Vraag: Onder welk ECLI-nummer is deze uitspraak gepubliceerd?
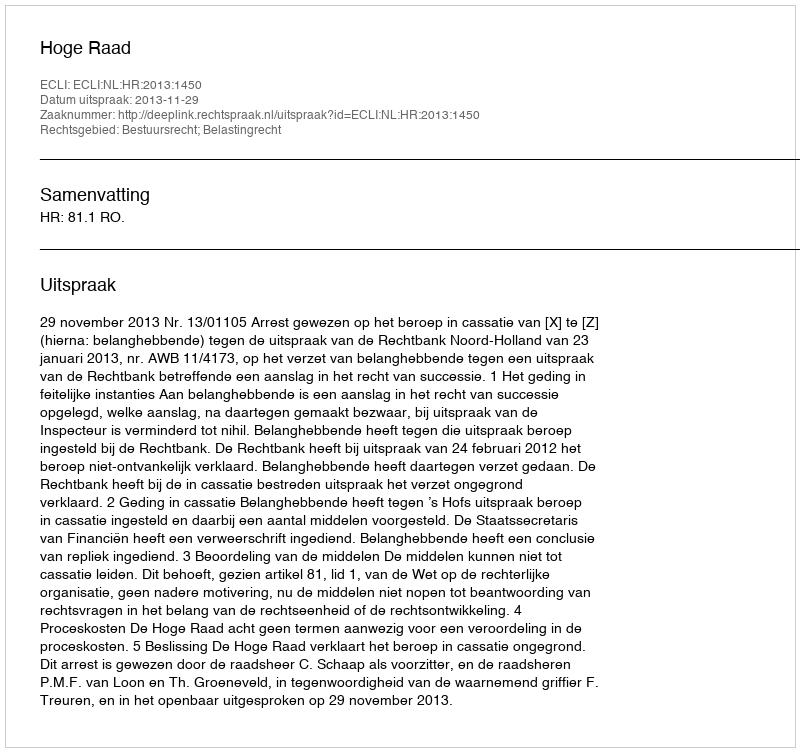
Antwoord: ECLI:NL:HR:2013:1450